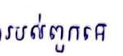
របស់ពួកគេ